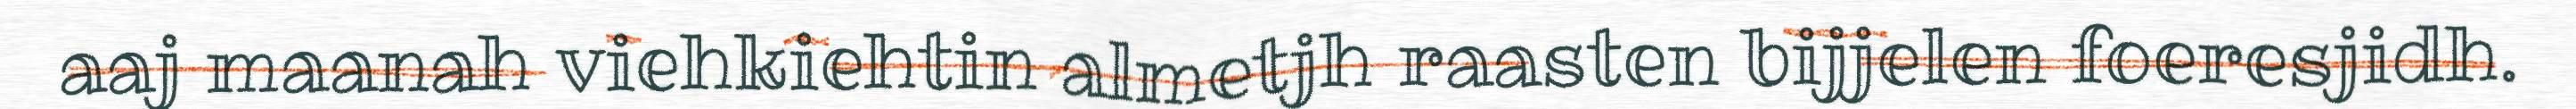
aaj maanah viehkiehtin almetjh raasten bijjelen foeresjidh.